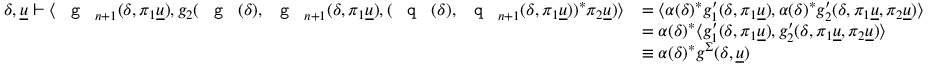
\begin{array} { r l } { \delta , \underline { { u } } \vdash \langle \textnormal { \texttt { g } } _ { n + 1 } ( \delta , \pi _ { 1 } \underline { { u } } ) , g _ { 2 } ( \textnormal { \texttt { g } } ( \delta ) , \textnormal { \texttt { g } } _ { n + 1 } ( \delta , \pi _ { 1 } \underline { { u } } ) , ( \textnormal { \texttt { q } } ( \delta ) , \textnormal { \texttt { q } } _ { n + 1 } ( \delta , \pi _ { 1 } \underline { { u } } ) ) ^ { * } \pi _ { 2 } \underline { { u } } ) \rangle } & { = \langle \alpha ( \delta ) ^ { * } g _ { 1 } ^ { \prime } ( \delta , \pi _ { 1 } \underline { { u } } ) , \alpha ( \delta ) ^ { * } g _ { 2 } ^ { \prime } ( \delta , \pi _ { 1 } \underline { { u } } , \pi _ { 2 } \underline { { u } } ) \rangle } \\ & { = \alpha ( \delta ) ^ { * } \langle g _ { 1 } ^ { \prime } ( \delta , \pi _ { 1 } \underline { { u } } ) , g _ { 2 } ^ { \prime } ( \delta , \pi _ { 1 } \underline { { u } } , \pi _ { 2 } \underline { { u } } ) \rangle } \\ & { \equiv \alpha ( \delta ) ^ { * } g ^ { \Sigma } ( \delta , \underline { { u } } ) } \end{array}